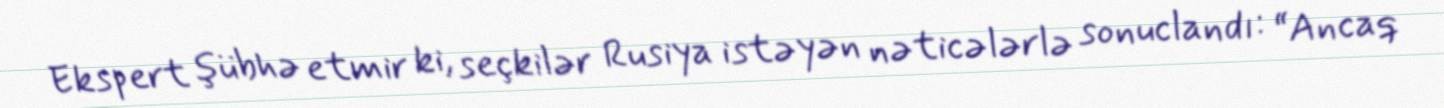
Ekspert şübhə etmir ki, seçkilər Rusiya istəyən nəticələrlə sonuclandı: “Ancaq